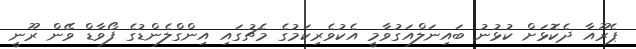
ޕެރޫއާ ދެކޮޅަށް ކުޅުނު ބައިނަލްއަގުވާމީ އެކުވެރިކަމުގެ މެޗުގައި އިންގްލެންޑުގެ ފޯވާޑް ވޭން ރޫނީ